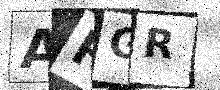
Text: ARGR